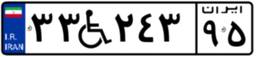
۶۷W۲۱۶۸۱